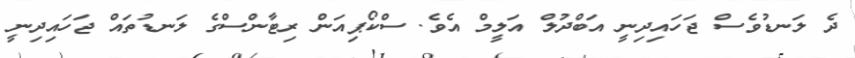
ދެ ލަނޑުވެސް ޖަހައިދިނީ އަބްދުލް އަލީމް އެވެ. ސްކޯޕިއަން ރިޓާންސްގެ ލަނޑުތައް ޖަހައިދިނީ